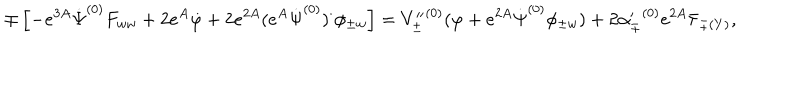
\mp \left[ - e ^ { 3 A } \dot { \Psi } ^ { ( 0 ) } F _ { w w } + 2 e ^ { A } \dot { \varphi } + 2 e ^ { 2 A } ( e ^ { A } \dot { \Psi } ^ { ( 0 ) } ) ^ { \cdot } \phi _ { \pm w } \right] = { V _ { \pm } ^ { \prime \prime } } ^ { ( 0 ) } ( \varphi + e ^ { 2 A } \dot { \Psi } ^ { ( 0 ) } \phi _ { \pm w } ) + 2 { \alpha _ { \pm } ^ { \prime } } ^ { ( 0 ) } e ^ { 2 A } \bar { \tau } _ { \pm ( Y ) } ,